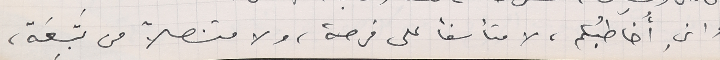
واني  أُخاطبُكم، لا متأسفاً على فرصة، ولا متنصلاً من تَبِعَة،